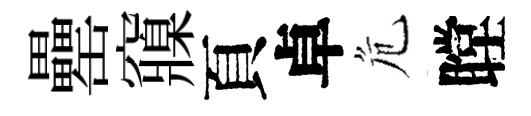
罍䆿頁卓危瞠